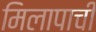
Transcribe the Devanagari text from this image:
मिलापाची